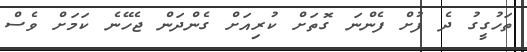
ތަހުގީގު ދެ ފުށް ފެންނަ ގޮތަށް ކުރިއަށް ގެންދަން ޖެހޭނެ ކަމަށް ވެސް